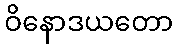
ဝိနောဒယတော